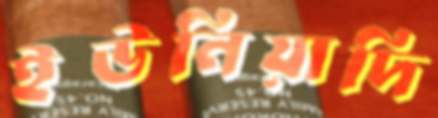
ইউনিয়াদি